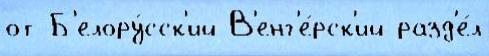
от Б'елору́сск'ий В'енг'е́рск'ий разд'е́л